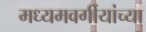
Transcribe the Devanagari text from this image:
मध्यमवर्गीयांच्या